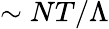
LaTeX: \sim NT/\Lambda